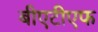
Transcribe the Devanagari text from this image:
बीएटीएफ